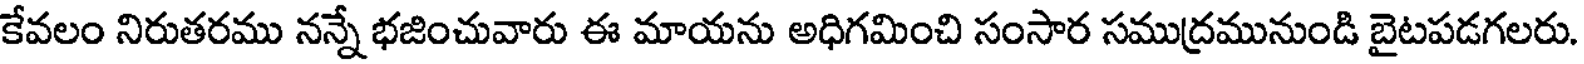
కేవలం నిరుతరము నన్నే భజించువారు ఈ మాయను అధిగమించి సంసార సముద్రమునుండి బైటపడగలరు.